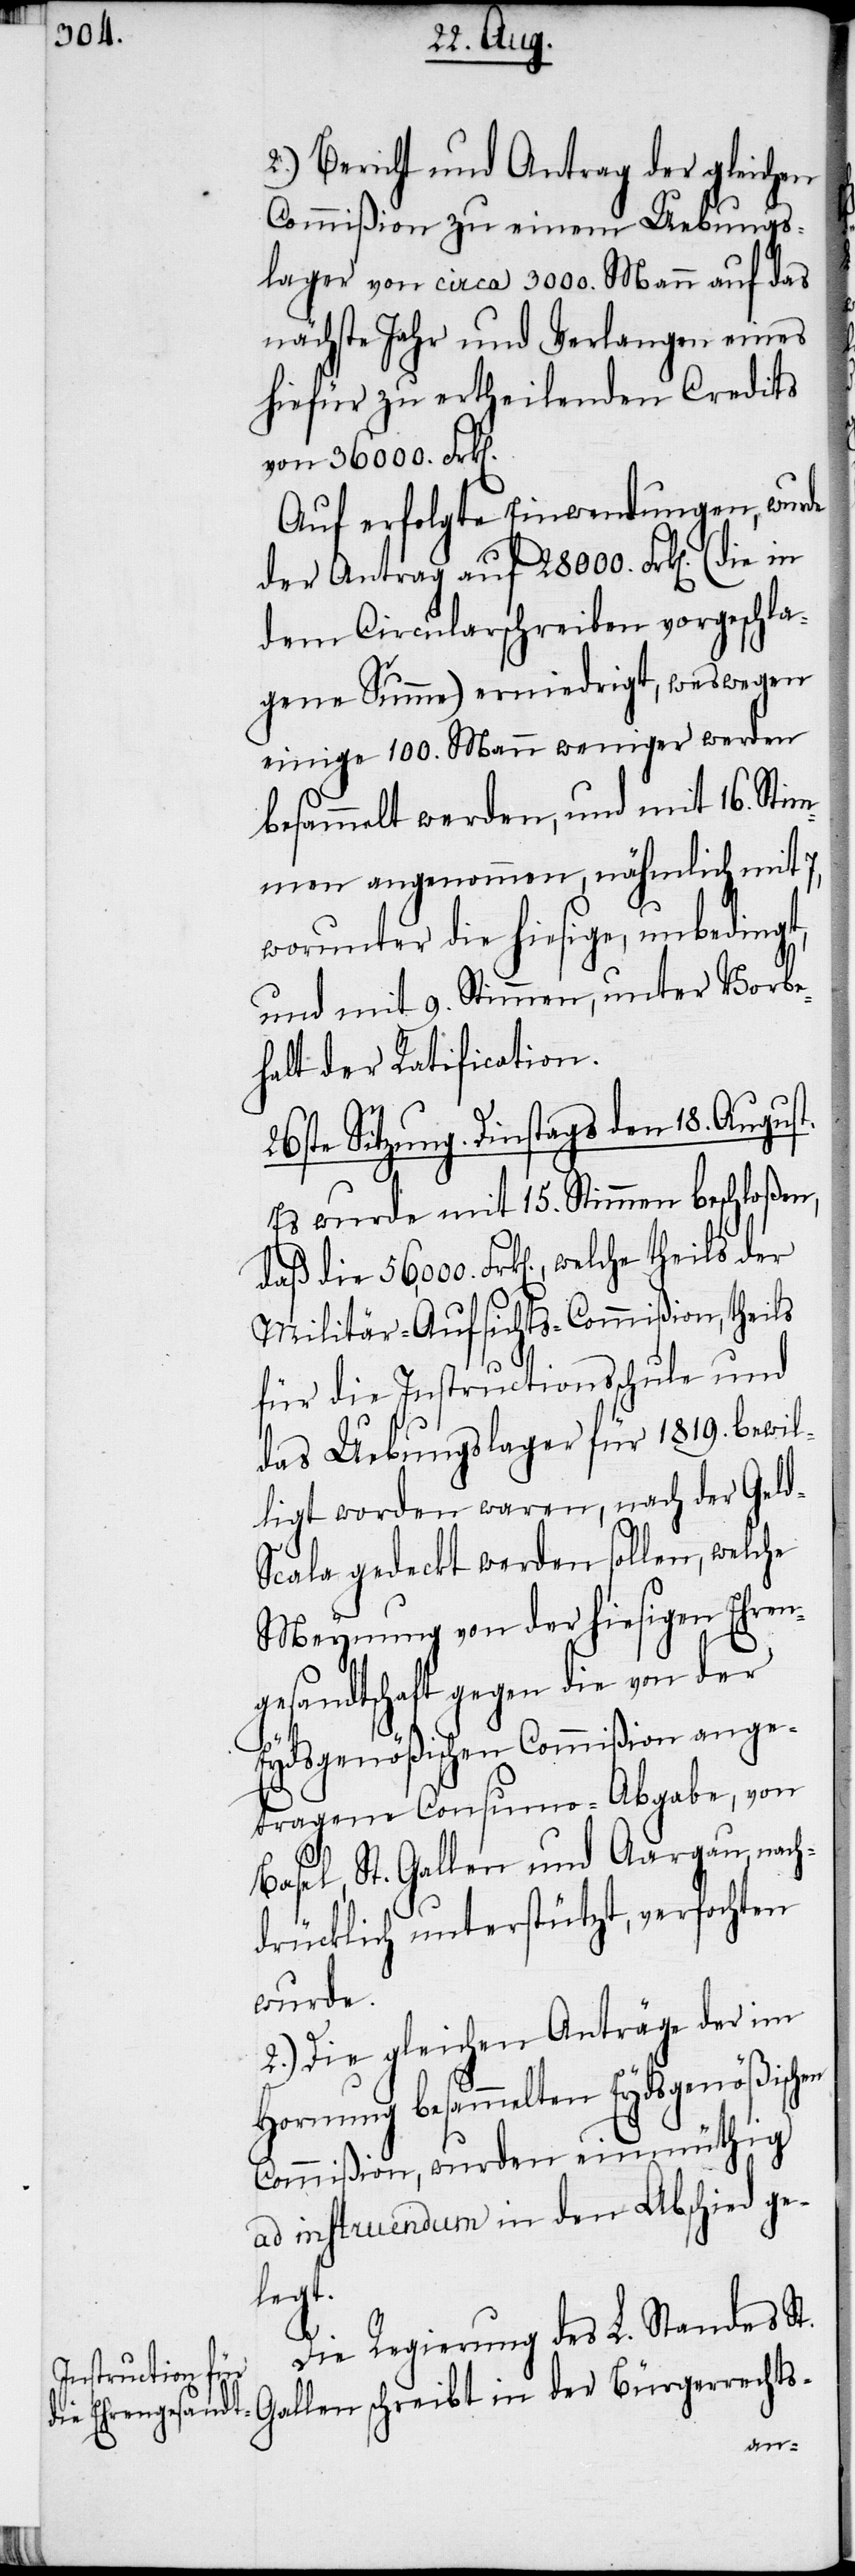
2.) Bericht und Antrag der gleichen
Commißion zu einem Uebungs¬
lager von circa 3000. Mann auf das
nächste Jahr und Verlangen eines
hiefür zu ertheilenden Credits
von 36000. Frk[e¬
Auf erfolgte Einwendungen, wurde
der Antrag auf 28000. Frk[en]. (die
dem Circularschreiben vorgeschla¬
gene Summe) erniedrigt, weswegen
einige 100. Mann weniger werden
besammelt werden, und mit 16. Stim¬
men angenommen, nähmlich mit
worunter die hiesige, unbedingt,
und mit 9. Stimmen, unter Vorbe¬
halt der Ratification.
26ste Sitzung. Dinstags den 18. August.
Es wurde mit 15. Stimmen beschloß¬
Militär-Aufsichts-Commißion, theils
für die Instructionsschule und
das Uebungslager für 1819. bewil¬
ligt worden waren, nach der Gel¬
d-Scala gedeckt werden sollen, welche
Meynung von der hiesigen Ehren¬
gesandtschaft gegen die von der
Eydsgenößischen Commißion ange¬
tragene Consumo-Abgabe, von
Basel, St. Gallen und Aargau, nach¬
drücklich unterstützt, verfochten
wurde.
2.) Die gleichen Anträge der im
Hornung besammelten Eydsgenößischen
Commißion, wurden einmüthig
ad instruendum in den Abschied ge¬
legt.
Die Regierung des L. Standes St.
en,